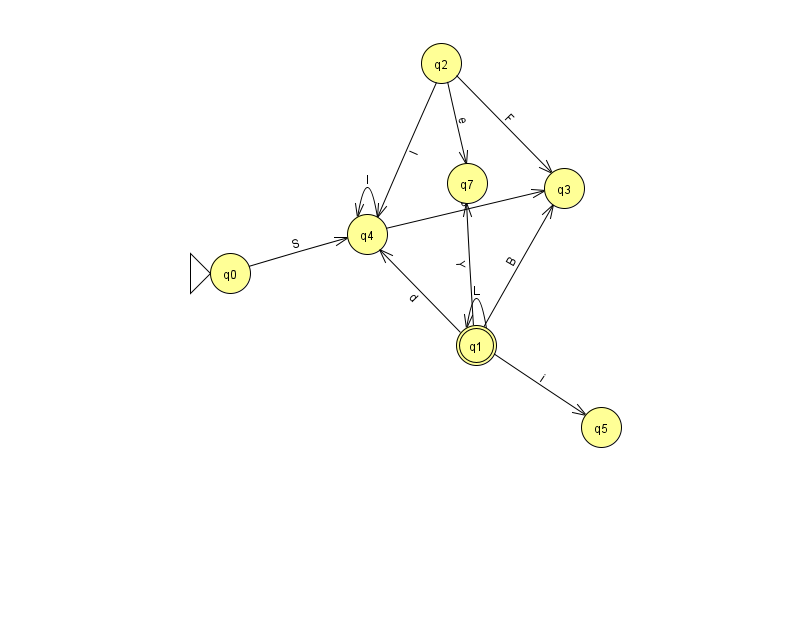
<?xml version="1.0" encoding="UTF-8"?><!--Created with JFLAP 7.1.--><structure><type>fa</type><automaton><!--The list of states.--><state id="0" name="q0"><x>230.0</x><y>260.0</y><initial/></state><state id="1" name="q1"><x>476.0</x><y>332.0</y><final/></state><state id="2" name="q2"><x>441.0</x><y>50.0</y></state><state id="3" name="q3"><x>564.0</x><y>175.0</y></state><state id="4" name="q4"><x>367.0</x><y>221.0</y></state><state id="5" name="q5"><x>601.0</x><y>414.0</y></state><state id="7" name="q7"><x>467.0</x><y>170.0</y></state><!--The list of transitions.--><transition><from>1</from><to>3</to><read>B</read></transition><transition><from>1</from><to>7</to><read>Y</read></transition><transition><from>1</from><to>4</to><read>d</read></transition><transition><from>2</from><to>3</to><read>F</read></transition><transition><from>4</from><to>3</to><read>e</read></transition><transition><from>0</from><to>4</to><read>S</read></transition><transition><from>1</from><to>1</to><read>L</read></transition><transition><from>4</from><to>4</to><read>l</read></transition><transition><from>2</from><to>4</to><read>l</read></transition><transition><from>1</from><to>5</to><read>i</read></transition><transition><from>2</from><to>7</to><read>e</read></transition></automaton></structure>